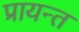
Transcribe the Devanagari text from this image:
प्रायन्त